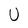
Character: U